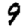
Digit: 9